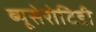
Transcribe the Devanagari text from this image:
ब्यूसेरोटिडी